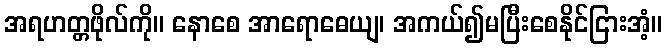
အရဟတ္တဖိုလ်ကို။ နောစေ အာရောဓေယျ၊ အကယ်၍မပြီးစေနိုင်ငြားအံ့။